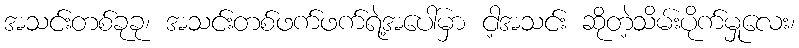
အသင်းတစ်ခုခု၊ အသင်းတစ်ဖက်ဖက်ရဲ့အပေါ်မှာ ငါ့အသင်း ဆိုတဲ့သိမ်းပိုက်မှုလေး၊